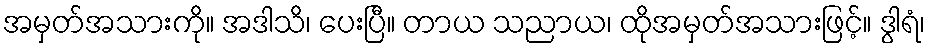
အမှတ်အသားကို။ အဒါသိ၊ ပေးပြီ။ တာယ သညာယ၊ ထိုအမှတ်အသားဖြင့်။ ဒွါရံ၊